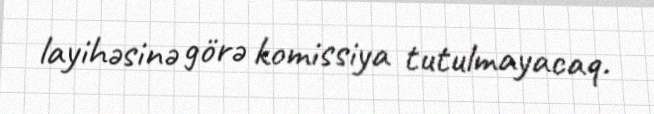
layihəsinə görə komissiya tutulmayacaq.